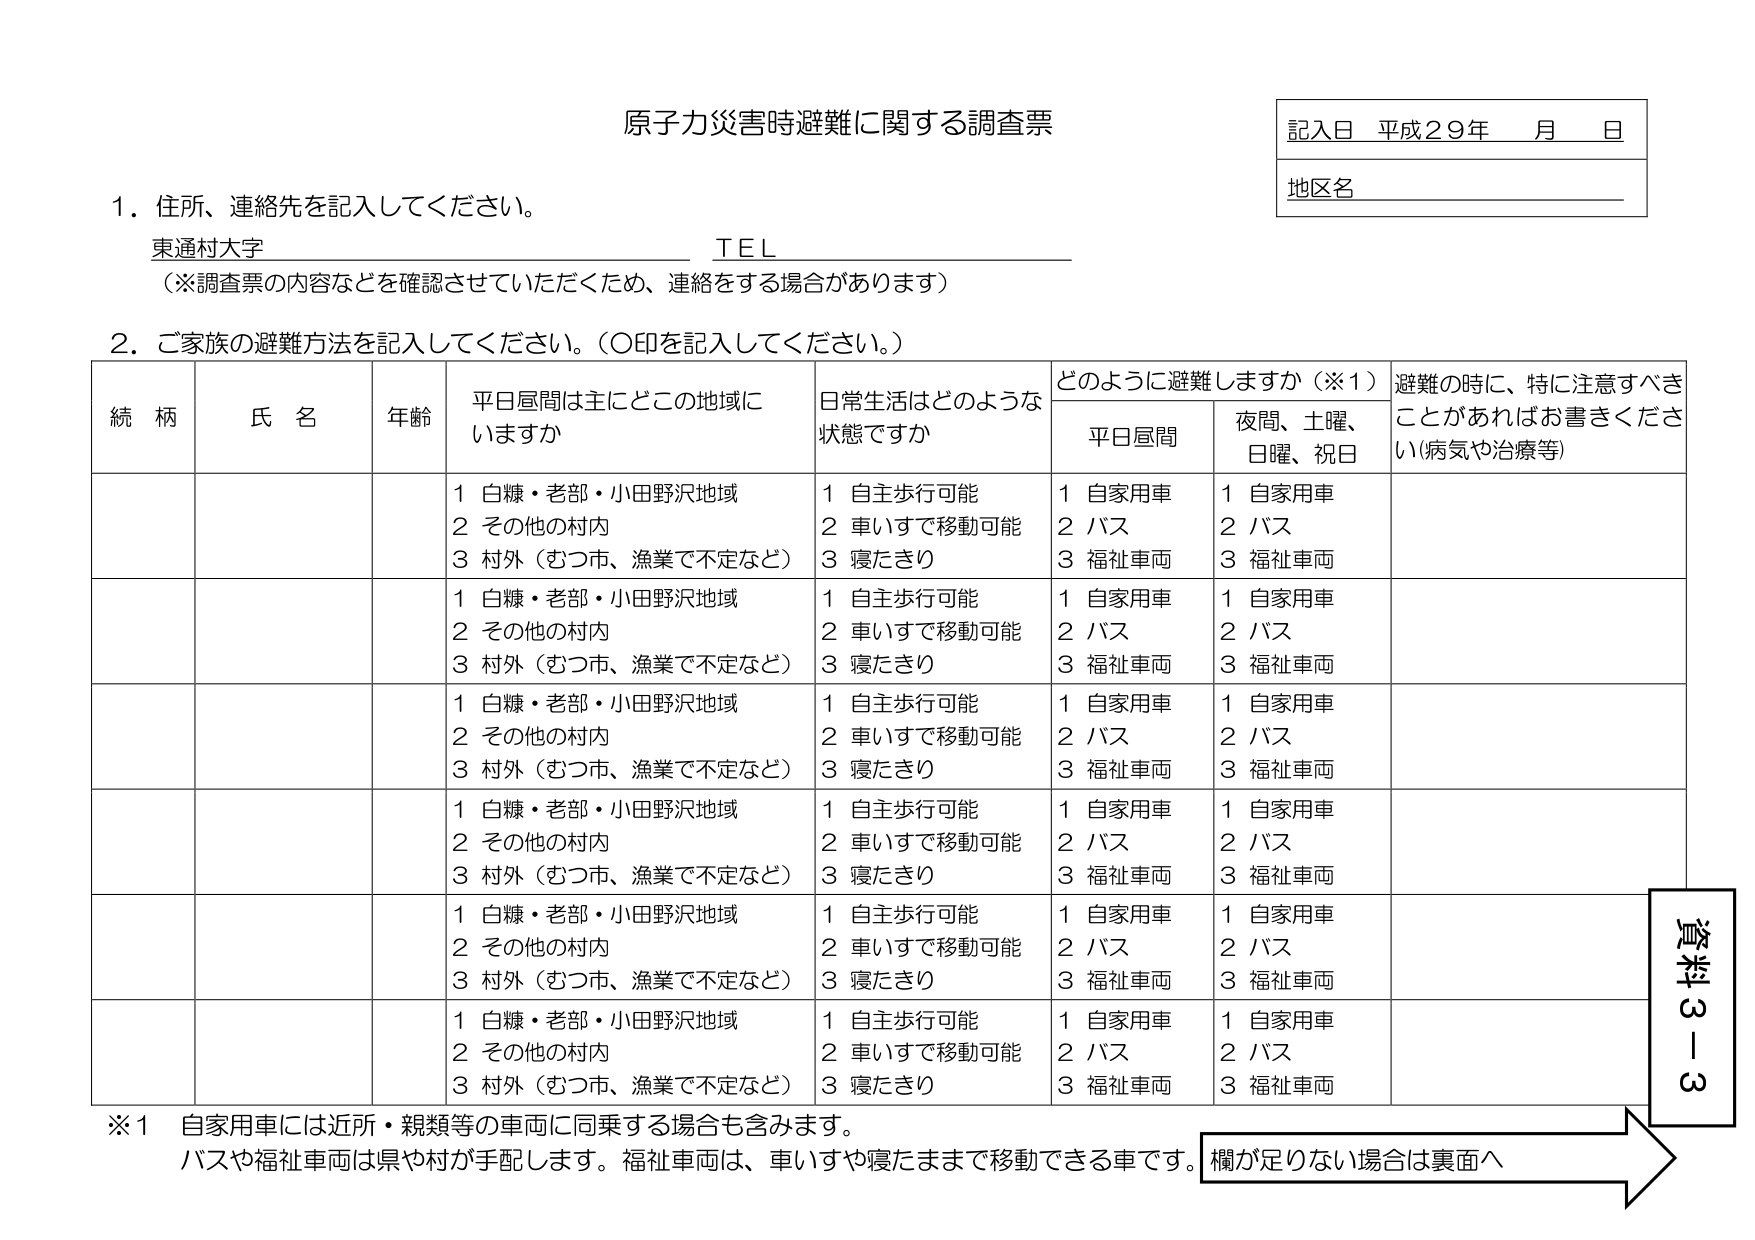
原子力災害時避難に関する調査票

記入日 平成29年 月 日
地区名

1. 住所、連絡先を記入してください。
東通村大字 TEL
（※調査票の内容などを確認させていただくため、連絡をする場合があります）

2. ご家族の避難方法を記入してください。（○印を記入してください。）

続柄 氏名 年齢 平日昼間は主にどの地域にいますか 日常生活はどのような状態ですか どのように避難しますか（※1） 避難の時に、特に注意すべきことがあればお書きください（病気や治療等）